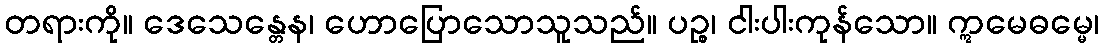
တရားကို။ ဒေသေန္တေန၊ ဟောပြောသောသူသည်။ ပဉ္စ၊ ငါးပါးကုန်သော။ ဣမေဓမ္မေ၊